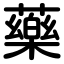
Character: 藥